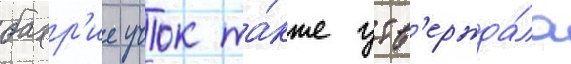
бахр'ие учок та́кже утв'ержда́ла